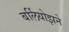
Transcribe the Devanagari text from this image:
बर्लियोझने